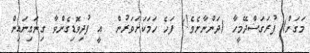
މަގަށް) ފުރަގަސްދޭމީހާ (ދަންނާށެވެ!) ފަހެ ހަމަކަށަވަރުން  އީ ފުދިވޮޑިގެންވާ ގިނަގިނައިން